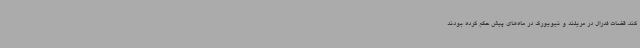
کند. قضات فدرال در مریلند و نیویورک در ماه‌های پیش حکم کرده بودند